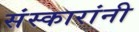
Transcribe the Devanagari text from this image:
संस्कारांनी